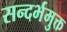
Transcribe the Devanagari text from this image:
सन्दर्भमुक्त